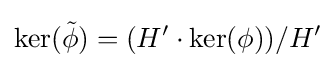
\ker({\tilde {\phi }})=(H'\cdot \ker(\phi ))/H'